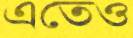
এতেও